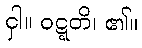
ငှါ။ ဝဋ္ဋတိ၊ ၏။